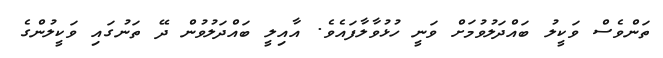
ތަންވެސް ވަކީލު ބައްދަލުވުމަށް ވަނީ ހުޅުވާލާފައެވެ. އާއިލީ ބައްދަލުވުން ދޭ ތަނުގައި ވަކީލުންގެ